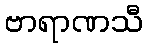
ဗာရာဏသီ